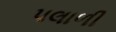
પલાળી